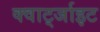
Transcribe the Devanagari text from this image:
क्वार्ट्जाइट